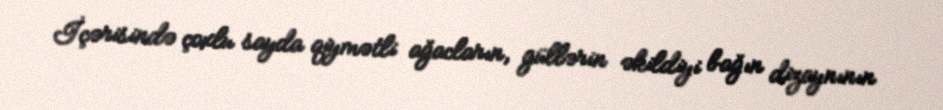
İçərisində çoxlu sayda qiymətli ağacların, güllərin əkildiyi bağın dizaynının